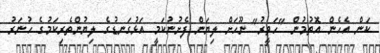
ކަން އެހެން އޮތުމުން "ހަވީރު" ނޫހަށް ލިޔަން ފެށުނުކަމީ އަޅުގަނޑުގެ ލިޔުންތެރިކަމުގެ ހުނަރު